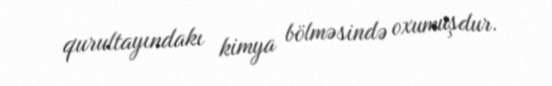
qurultayındakı kimya bölməsində oxumuşdur.